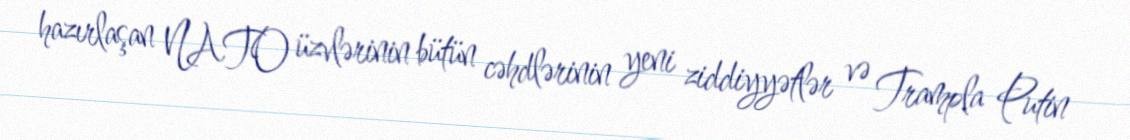
hazırlaşan NATO üzvlərinin bütün cəhdlərinin yeni ziddiyyətlər və Trampla Putin